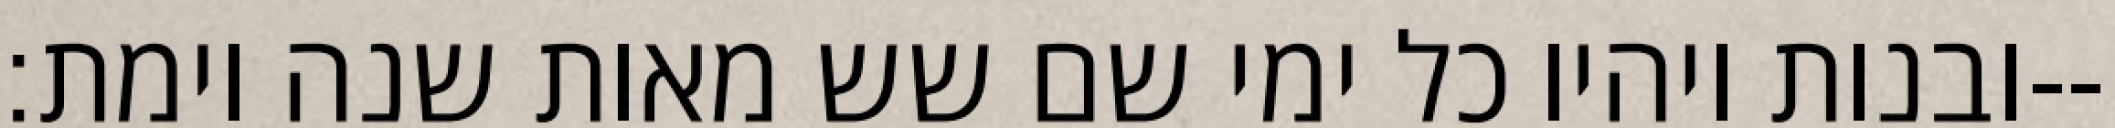
ובנות ויהיו כל ימי שם שש מאות שנה וימת׃--